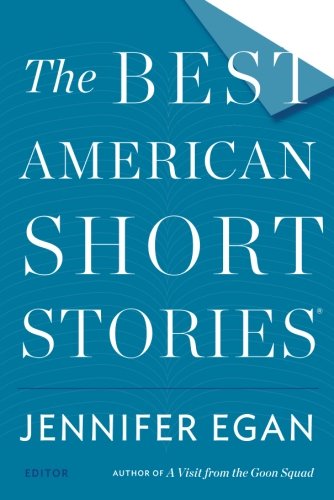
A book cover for The Best American Short Stories 2014; Literature & Fiction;